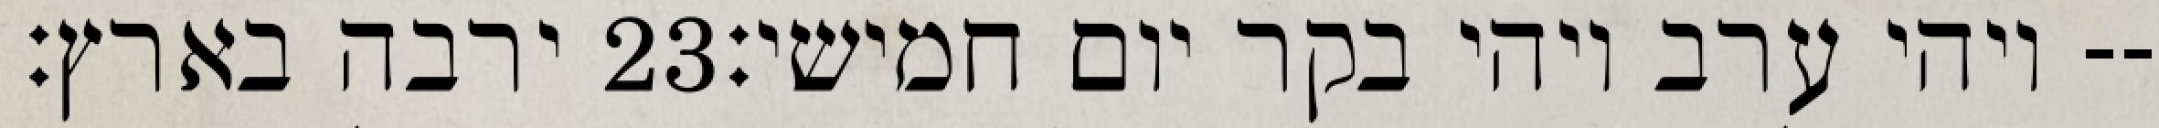
ירבה בארץ׃ ‎23‏ ויהי ערב ויהי בקר יום חמישי׃--